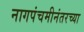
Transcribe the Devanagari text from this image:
नागपंचमीनंतरच्या